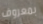
بمعروف